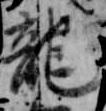
龍